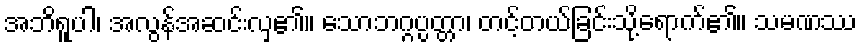
အဘိရူပါ၊ အလွန်အဆင်းလှ၏။ သောဘဂ္ဂပ္ပတ္တာ၊ တင့်တယ်ခြင်းသို့ရောက်၏။ သမဏဿ